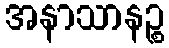
အနာသာနဉ္စ